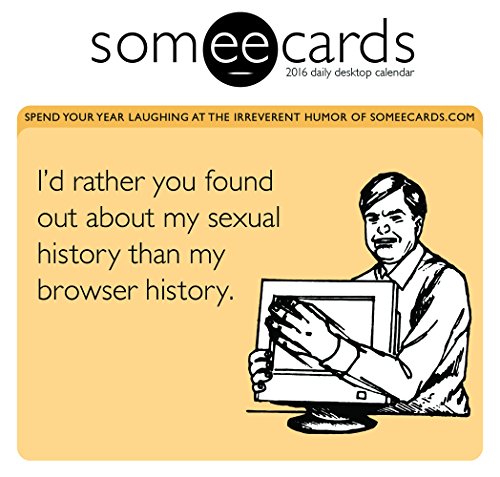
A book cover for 2016 Someecards Daily Desktop Calendar; Someecards; Calendars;